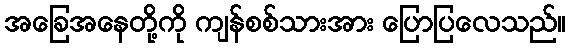
အခြေအနေတို့ကို ကျန်စစ်သားအား ပြောပြလေသည်။